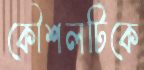
কৌশলটিকে